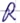
Text: R